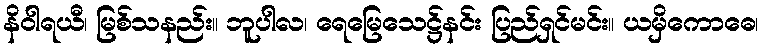
နိဝါရယီ၊ မြစ်သနည်း။ ဘူပါလ၊ ရေမြေသေဋ္ဌ်နင်း ပြည်ရှင်မင်း။ ယမှိကောဓေ၊